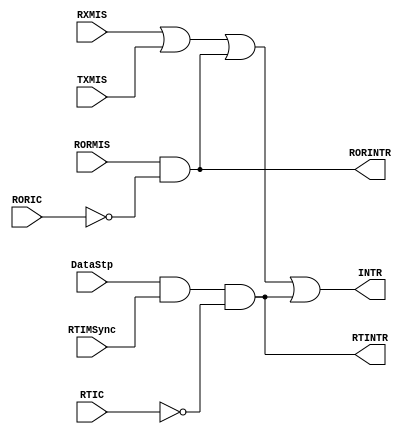
//-----------------------------------------------------------------------------
// The confidential and proprietary information contained in this file may
// only be used by a person authorised under and to the extent permitted
// by a subsisting licensing agreement from ARM Limited.
//
//            (C) COPYRIGHT 2007-2008 ARM Limited.
//                ALL RIGHTS RESERVED
//
// This entire notice must be reproduced on all copies of this file
// and copies of this file may only be made by a person if such person is
// permitted to do so under the terms of a subsisting license agreement
// from ARM Limited.
//  -----------------------------------------------------------------------------
//
//  Version and Release Control Information:
//
//  File Revision          : 20349
//
//  Release Information    : r1p3-00rel1
//
// -----------------------------------------------------------------------------

// -----------------------------------------------------------------------------

// Purpose      : INTR Interrupt generation logic.

// --=========================================================================--

`timescale 1ns/1ps

// -----------------------------------------------------------------------------

module SspIntGen (
                  TXMIS,
                  RXMIS,
                  RORMIS,
                  DataStp,
                  RTIMSync,

                  RORIC,
                  RTIC,
                  RORINTR,
                  RTINTR,
                  INTR
                 );

// Inputs
input  TXMIS;    // Tx FIFO Service request
input  RXMIS;    // Rx FIFO Service request
input  RORMIS;   // Rx FIFO Overrun interrupt
input  DataStp;  // Rx TimeOut interrupt input
input  RTIMSync; // Rx TimeOut Interrupt Mask Sync
input  RORIC;    // Rx FIFO Overrun Clear input
input  RTIC;     // Rx TimeOut Clear input

// Outputs
output RORINTR;  // Rx FIFO Overrun interrupt output
output RTINTR;   // RX TimeOut Masked Interrupt output
output INTR;     // Combined interrupt

// -----------------------------------------------------------------------------
//
//                               SspIntGen
//                               =========
//
// -----------------------------------------------------------------------------
//
// Overview
// ========
//
// The combined interrupt INTR is generated as an OR of the individual
// interrupt sources RXMIS, TXMIS and RORINTR and RTINTR.
//
// -----------------------------------------------------------------------------

// -----------------------------------------------------------------------------
// Wire declarations
// -----------------------------------------------------------------------------

// -----------------------------------------------------------------------------
// Register  declarations
// -----------------------------------------------------------------------------

// -----------------------------------------------------------------------------
//
// Main body of code
// =================
//
// -----------------------------------------------------------------------------

// ---------------------------------------------------------------------
// -- When the relevant interrupt clear signal is asserted, the
// -- asynchronous interrupt is cleared.
// ---------------------------------------------------------------------

assign RTINTR  = DataStp & RTIMSync & ~RTIC;
assign RORINTR = RORMIS  & ~RORIC;

// -----------------------------------------------------------------------------
// OR the individual interrupts to generate INTR
// -----------------------------------------------------------------------------
assign INTR = RXMIS | TXMIS | RORINTR | RTINTR;

endmodule

// --============================ End ========================================--